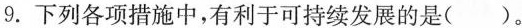
9. 下列各项措施中，有利于可持续发展的是( )。